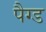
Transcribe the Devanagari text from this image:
पैग्ड